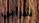
شرابي